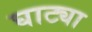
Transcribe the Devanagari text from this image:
घाट्या